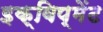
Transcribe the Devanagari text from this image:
इक्विप्मेंट